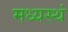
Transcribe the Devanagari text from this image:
मध्यस्थं